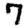
Digit: 7